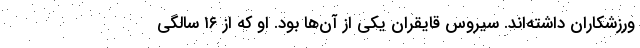
ورزشکاران داشته‌اند. سیروس قایقران یکی از آن‌ها بود. او که از ۱۶ سالگی